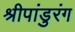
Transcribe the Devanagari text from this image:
श्रीपांडुरंग